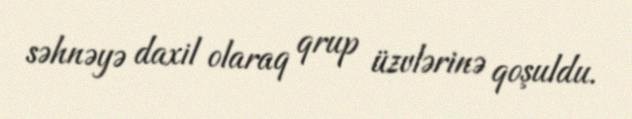
səhnəyə daxil olaraq qrup üzvlərinə qoşuldu.